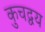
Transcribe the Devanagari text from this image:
कुचद्वय